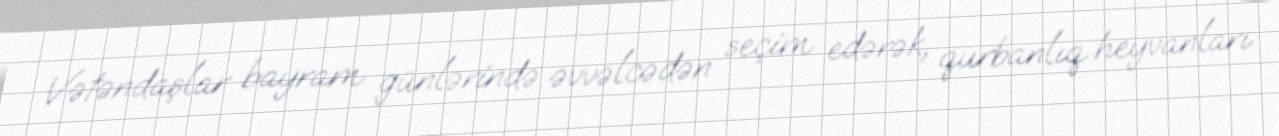
Vətəndaşlar bayram günlərində əvvəlcədən seçim edərək, qurbanlıq heyvanları